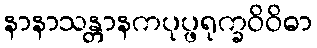
နာနာသန္တာနကပုပ္ဖရုက္ခဝိဝိဓာ